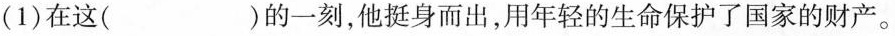
(1)在这( )的一刻，他挺身而出，用年轻的生命保护了国家的财产。